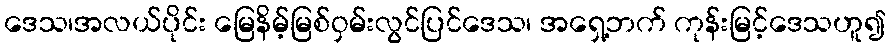
ဒေသ၊အလယ်ပိုင်း မြေနိမ့်မြစ်ဝှမ်းလွင်ပြင်ဒေသ၊ အရှေ့ဘက် ကုန်းမြင့်ဒေသဟူ၍